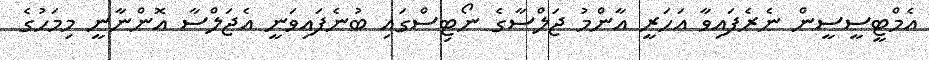
އެމްޓީސީސީން ނެރެފައިވާ އަހަރީ އާންމު ޖަލްސާގެ ނޯޓިސްގައި ބުނެފައިވަނީ އެޖަލްސާ އޮންނާނީ މިމަހުގެ